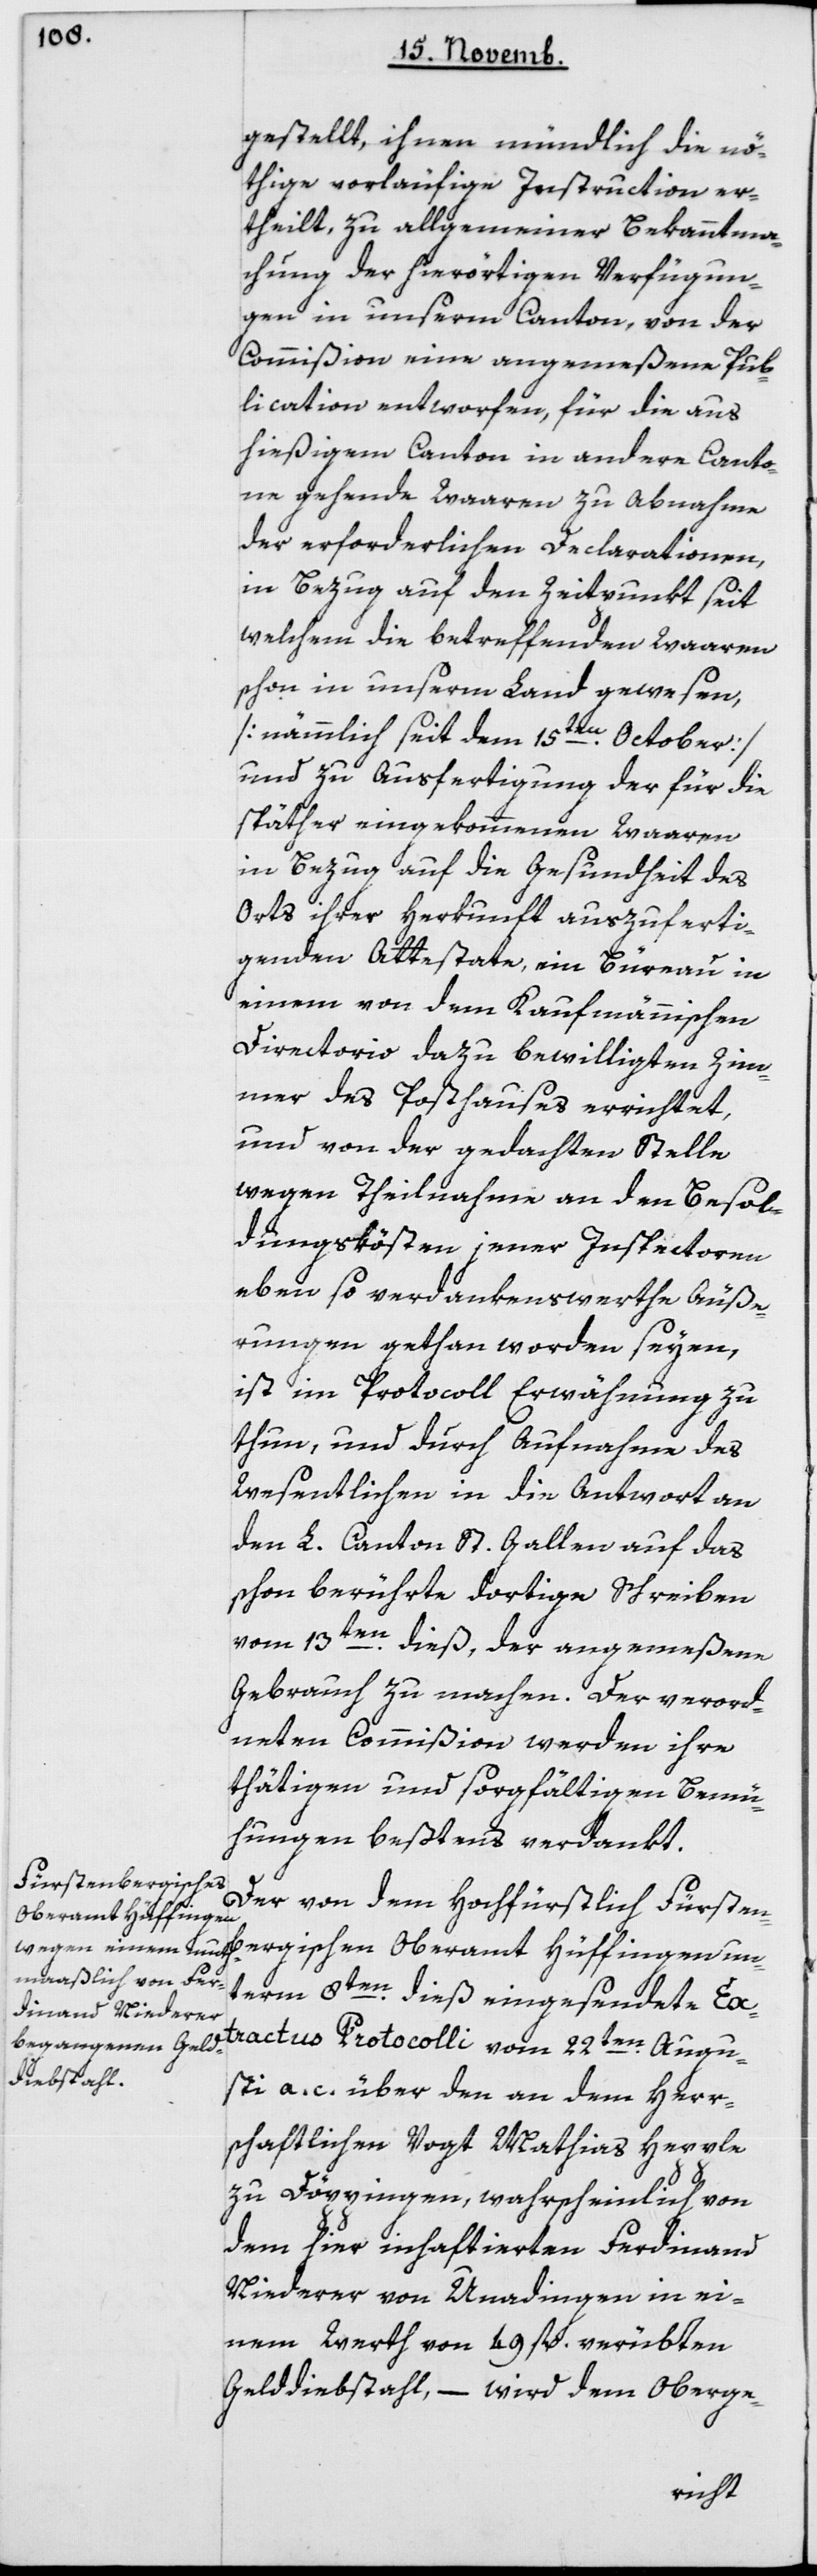
gestellt, ihnen mündlich die nö¬
thige vorläufige Instruction er¬
theilt, zu allgemeiner Bekanntma¬
chung der hierörtigen Verfügun¬
gen in unserm Canton, von der
Commißion eine angemeßene Pub¬
lication entworfen, für die aus
hießigem Canton in andere Canto¬
ne gehende Waaren zu Abnahme
der erforderlichen Declarationen,
in Bezug auf den Zeitpunkt seit
welchem die betreffenden Waaren
schon in unserm Land gewesen,
[nämmlich seit dem 15ten October]
und zu Ausfertigung der für die
später eingekommenen Waaren
in Bezug auf die Gesundheit des
Orts ihrer Herkunft auszuferti¬
genden Attestate, ein Bureau in
einem von dem Kaufmännischen
Directorio dazu bewilligten Zim¬
mer des Posthauses errichtet,
und von der gedachten Stelle
wegen Theilname an den Besol¬
dungskösten jener Inspectoren
eben so verdankenswerthe Äuße¬
rungen gethan worden seyen,
ist im Protocoll Erwähnung zu
thun, und durch Aufnahme des
Wesentlichen in die Antwort an
den L. Canton St. Gallen auf das
schon berührte dortige Schreiben
vom 13ten dieß, der angemeßene
Gebrauch zu machen. Der verord¬
neten Commißion werden ihre
thätigen und sorgfältigen Bemü¬
hungen beßtens verdankt.
Der von dem Hochfürstlich Fürsten¬
bergischen Oberamt Hüffingen un¬
term 8ten dieß eingesendete Ex¬
tractus Protocolli vom 22ten Augu¬
sti a. c. über den an dem Herr¬
schaftlichen Vogt Mathias Hepple
zu Döppingen, wahrscheinlich von
dem hier inhaftierten Ferdinand
Niederer von Unadingen in ei¬
nem Wert von 49 fl. verübten
Gelddiebstahl, – wird dem Oberge-